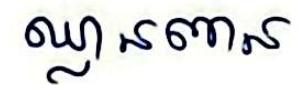
ឈ្លានពាន